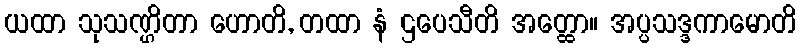
ယထာ သုသဏ္ဌိတာ ဟောတိ, တထာ နံ ဌပေသီတိ အတ္ထော။ အပ္ပသဒ္ဒကာမောတိ